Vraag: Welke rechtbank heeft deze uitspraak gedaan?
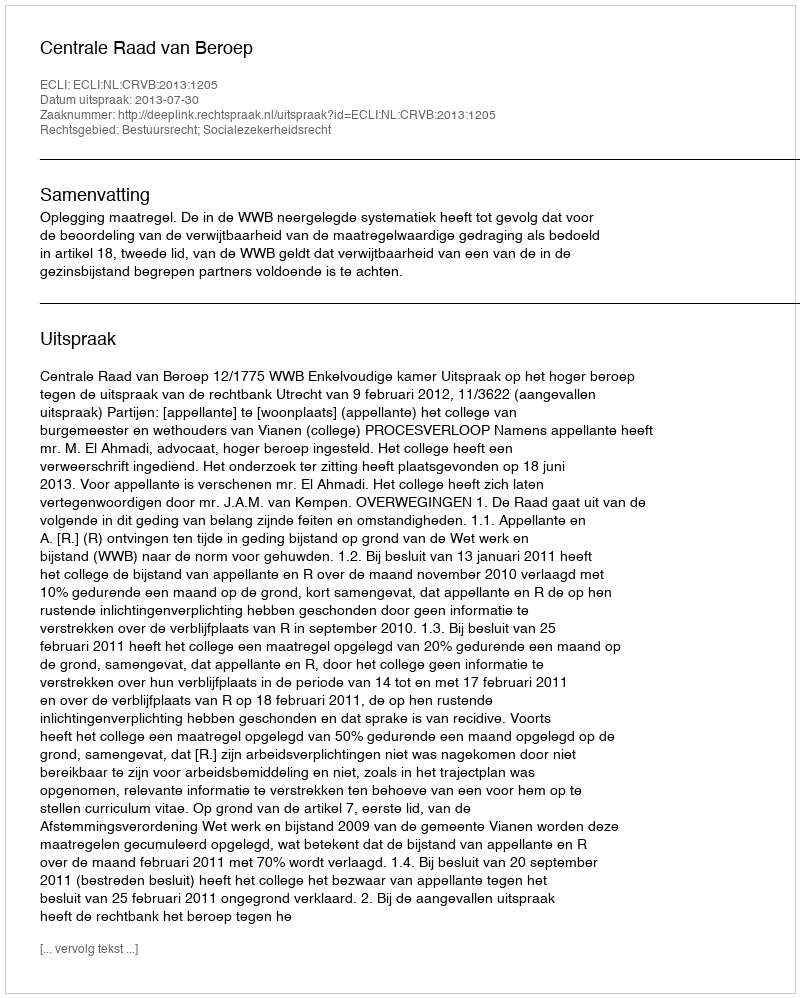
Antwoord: Centrale Raad van Beroep